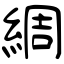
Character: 綢